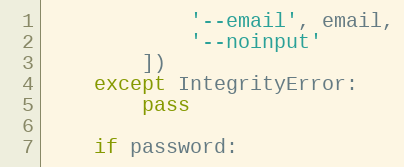
Language: Python
            '--email', email,
            '--noinput'
        ])
    except IntegrityError:
        pass

    if password: